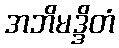
အဘိမဒ္ဒိတံ